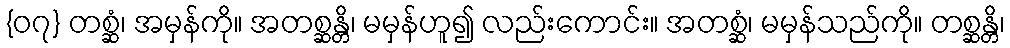
{၀၇} တစ္ဆံ၊ အမှန်ကို။ အတစ္ဆန္တိ၊ မမှန်ဟူ၍ လည်းကောင်း။ အတစ္ဆံ၊ မမှန်သည်ကို။ တစ္ဆန္တိ၊